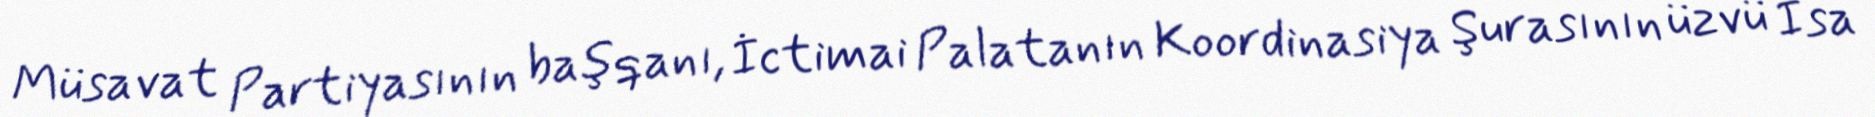
Müsavat Partiyasının başqanı, İctimai Palatanın Koordinasiya Şurasının üzvü İsa